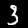
Digit: 3